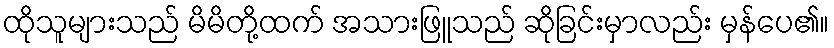
ထိုသူများသည် မိမိတို့ထက် အသားဖြူသည် ဆိုခြင်းမှာလည်း မှန်ပေ၏။